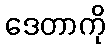
ဒေတာကို